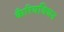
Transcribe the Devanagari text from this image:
कैरियवियन